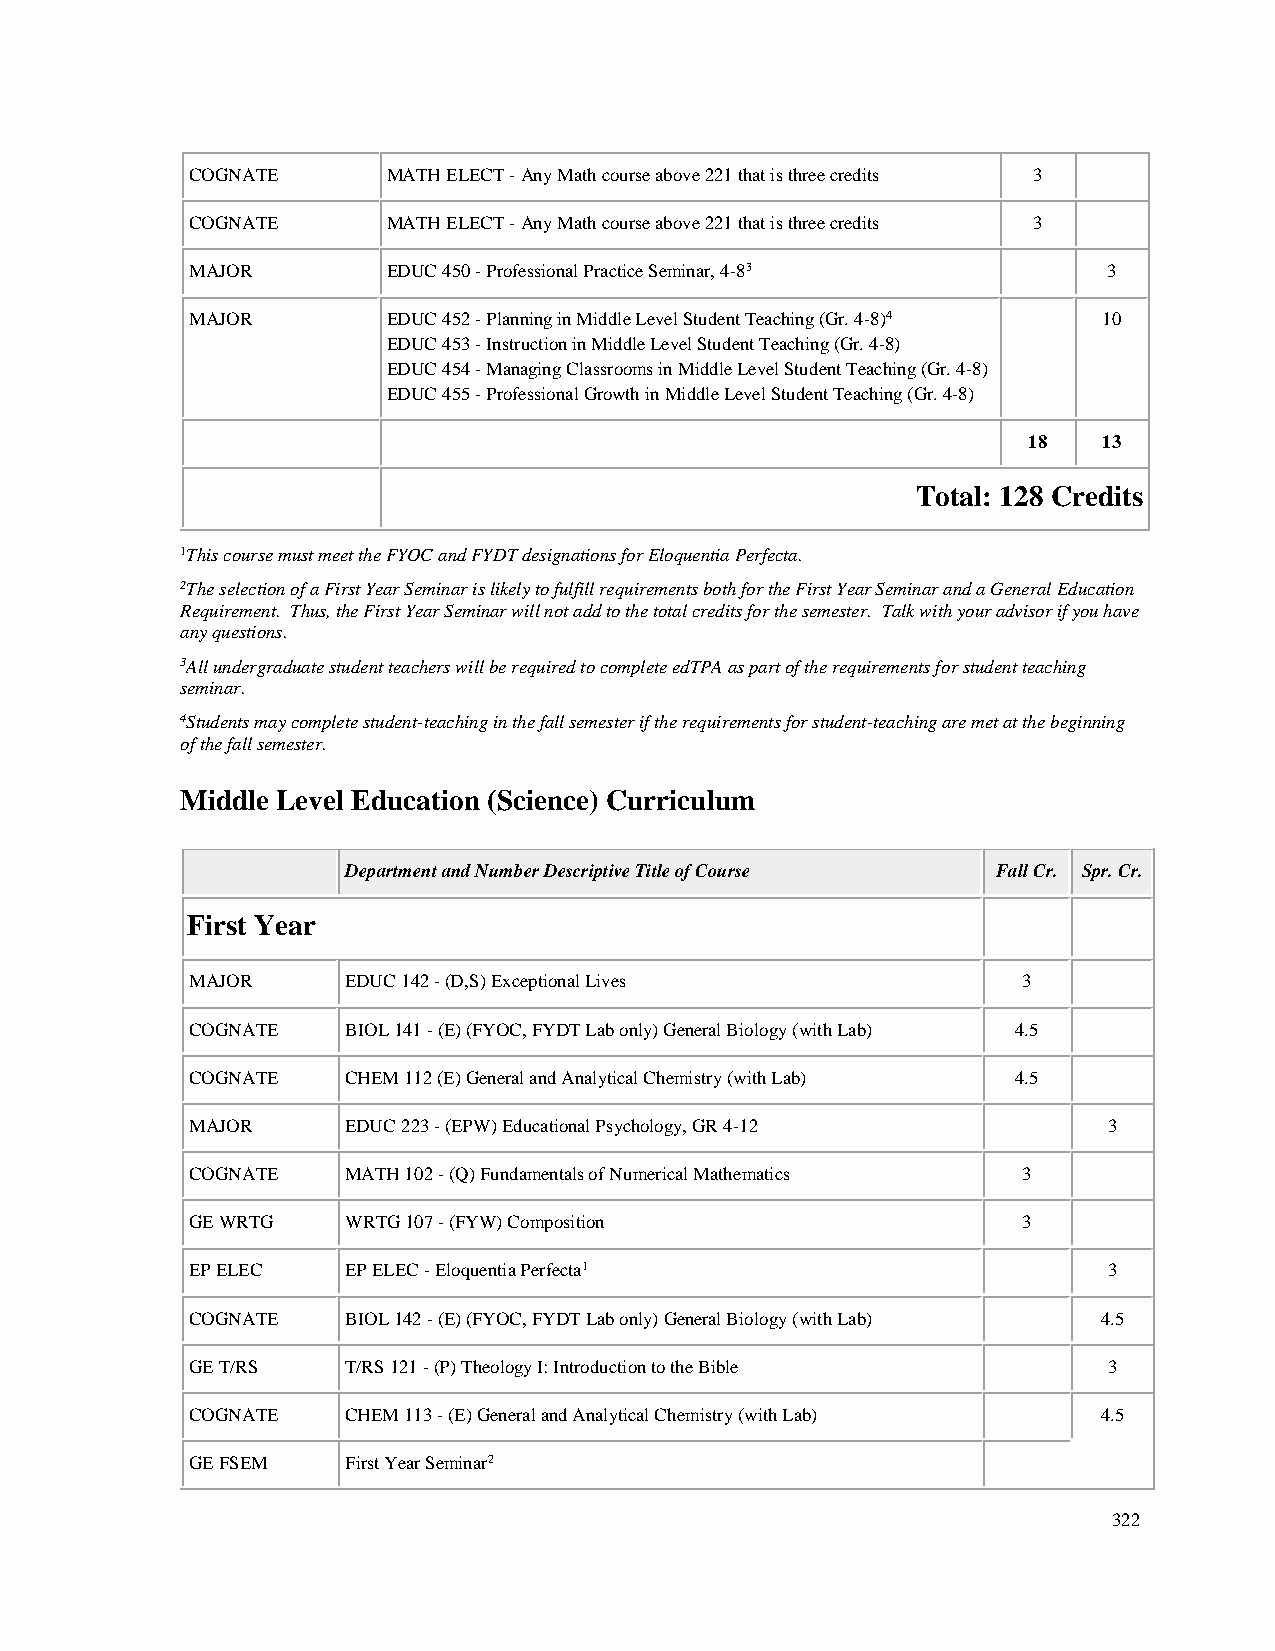
COGNATE      MATH ELECT - Any Math course above 221 that is three credits 3
 COGNATE      MATH ELECT - Any Math course above 221 that is three credits 3
 MAJOR        EDUC 450 - Professional Practice Seminar, 4-83 3
 MAJOR        EDUC 452 - Planning in Middle Level Student Teaching (Gr. 4-8)4 10
 EDUC 453 - Instruction in Middle Level Student Teaching (Gr. 4-8)
 EDUC 454 - Managing Classrooms in Middle Level Student Teaching (Gr. 4-8)
 EDUC 455 - Professional Growth in Middle Level Student Teaching (Gr. 4-8)
 18   13
 Total: 128 Credits
 1This course must meet the FYOC and FYDT designations for Eloquentia Perfecta.
 2The selection of a First Year Seminar is likely to fulfill requirements both for the First Year Seminar and a General Education
 Requirement. Thus, the First Year Seminar will not add to the total credits for the semester. Talk with your advisor if you have
 any questions.
 3All undergraduate student teachers will be required to complete edTPA as part of the requirements for student teaching
 seminar.
 4Students may complete student-teaching in the fall semester if the requirements for student-teaching are met at the beginning
 of the fall semester.
 Middle Level Education (Science) Curriculum
 Department and Number Descriptive Title of Course Fall Cr. Spr. Cr.
 First Year
 MAJOR     EDUC 142 - (D,S) Exceptional Lives           3
 COGNATE   BIOL 141 - (E) (FYOC, FYDT Lab only) General Biology (with Lab) 4.5
 COGNATE   CHEM 112 (E) General and Analytical Chemistry (with Lab) 4.5
 MAJOR     EDUC 223 - (EPW) Educational Psychology, GR 4-12  3
 COGNATE   MATH 102 - (Q) Fundamentals of Numerical Mathematics 3
 GE WRTG   WRTG 107 - (FYW) Composition                 3
 EP ELEC   EP ELEC - Eloquentia Perfecta1                    3
 COGNATE   BIOL 142 - (E) (FYOC, FYDT Lab only) General Biology (with Lab) 4.5
 GE T/RS   T/RS 121 - (P) Theology I: Introduction to the Bible 3
 COGNATE   CHEM 113 - (E) General and Analytical Chemistry (with Lab) 4.5
 GE FSEM   First Year Seminar2
 322